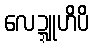
လေဍ္ဍူဟိပိ